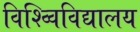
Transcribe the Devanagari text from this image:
विश्व्विविद्यालय